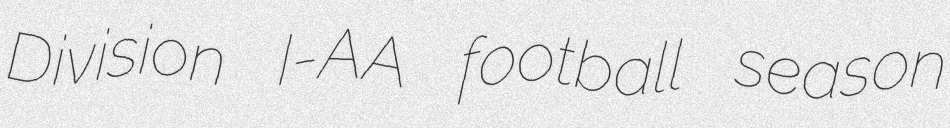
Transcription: Division I-AA football season